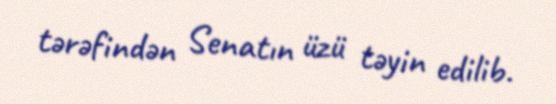
tərəfindən Senatın üzü təyin edilib.